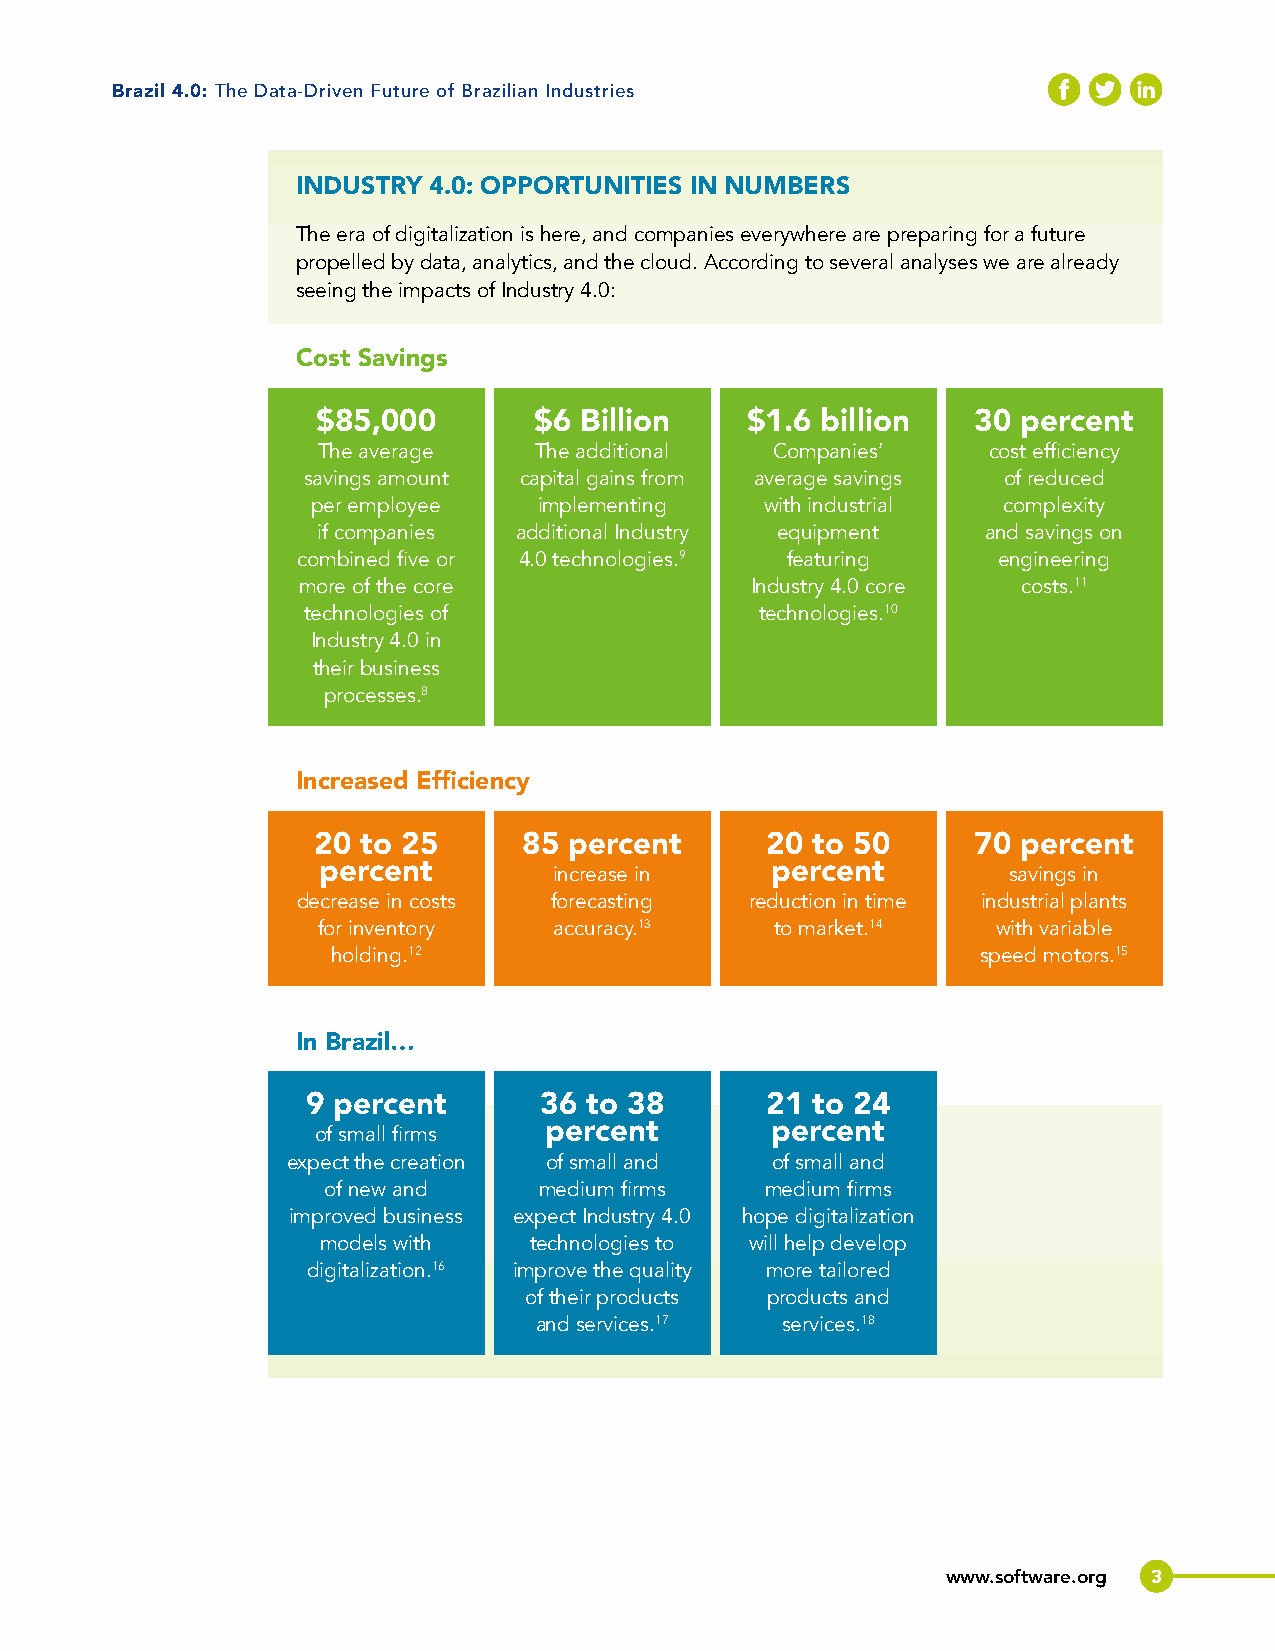
Brazil 4.0: The Data-Driven Future of Brazilian Industries
 INDUSTRY 4.0: OPPORTUNITIES IN NUMBERS
 The era of digitalization is here, and companies everywhere are preparing for a future
 propelled by data, analytics, and the cloud. According to several analyses we are already
 seeing the impacts of Industry 4.0:
 Cost Savings
 $85,000       $6 Billion    $1.6 billion    30 percent
 The average   The additional  Companies’    cost efficiency
 savings amount capital gains from average savings of reduced
 per employee   implementing   with industrial complexity
 if companies additional Industry equipment  and savings on
 combined five or 4.0 technologies.9 featuring engineering
 more of the core              Industry 4.0 core costs.11
 technologies of               technologies.10
 Industry 4.0 in
 their business
 processes.8
 Increased Efficiency
 20 to 25      85 percent      20 to 50      70 percent
 percent                       percent
 increase in                   savings in
 decrease in costs forecasting reduction in time industrial plants
 for inventory   accuracy.13   to market.14   with variable
 holding.12                                 speed motors.15
 In Brazil…
 9 percent       36 to 38       21 to 24
 percent        percent
 of small firms
 expect the creation of small and of small and
 of new and     medium firms   medium firms
 improved business expect Industry 4.0 hope digitalization
 models with   technologies to will help develop
 digitalization.16 improve the quality more tailored
 of their products products and
 and services.17  services.18
 www.software.org 3